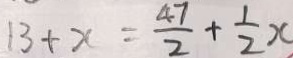
1 3 + x = \frac { 4 7 } { 2 } + \frac { 1 } { 2 } x